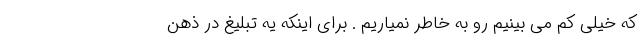
که خیلی کم می بینیم رو به خاطر نمیاریم . برای اینکه یه تبلیغ در ذهن